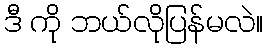
ဒီ ကို ဘယ်လိုပြန်မလဲ။